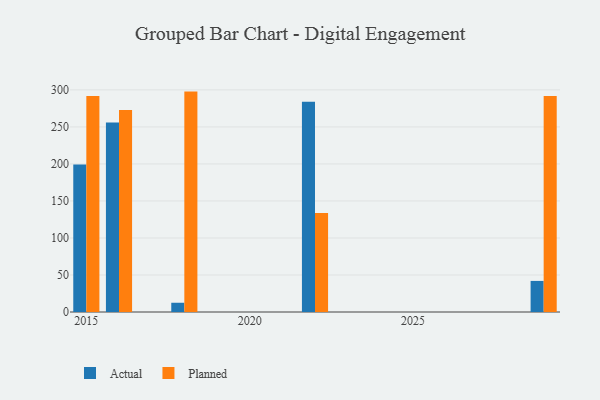
{"axis": {"x": "Year", "y": "Energy Usage (MWh)"}, "legend": ["Actual", "Planned"], "data": [{"x": "2016", "y": 255.8, "type": "Actual"}, {"x": "2016", "y": 272.8, "type": "Planned"}, {"x": "2029", "y": 42.0, "type": "Actual"}, {"x": "2029", "y": 291.8, "type": "Planned"}, {"x": "2015", "y": 199.1, "type": "Actual"}, {"x": "2015", "y": 291.6, "type": "Planned"}, {"x": "2018", "y": 12.5, "type": "Actual"}, {"x": "2018", "y": 297.7, "type": "Planned"}, {"x": "2022", "y": 284.0, "type": "Actual"}, {"x": "2022", "y": 133.8, "type": "Planned"}]}